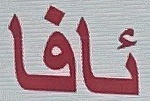
ئافا